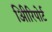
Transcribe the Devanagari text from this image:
अिीरिपोर्ट